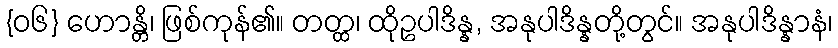
{၀၆} ဟောန္တိ၊ ဖြစ်ကုန်၏။ တတ္ထ၊ ထိုဥပါဒိန္န, အနုပါဒိန္နတို့တွင်။ အနုပါဒိန္နာနံ၊